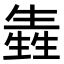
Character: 㽓